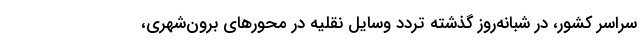
سراسر کشور، در شبانه‌روز گذشته تردد وسایل نقلیه در محورهای برون‌شهری،